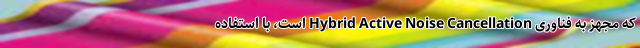
که مجهز به فناوری Hybrid Active Noise Cancellation است، با استفاده